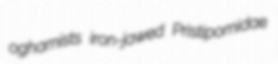
oghamists iron-jawed Pristipomidae